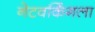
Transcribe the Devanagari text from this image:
नेटवर्किंगला